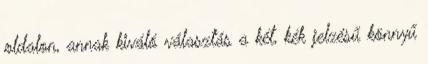
oldalon, annak kiváló választás a két, kék jelzésű könnyű